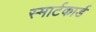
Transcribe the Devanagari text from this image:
स्मार्टकार्ड